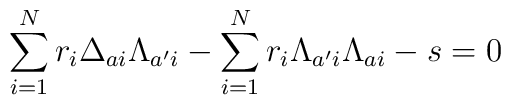
\sum_{i=1}^Nr_i\Delta_{ai}\Lambda_{a'i}-\sum_{i=1}^Nr_i\Lambda_{a'i}\Lambda_{ai}-s=0